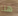
هنا